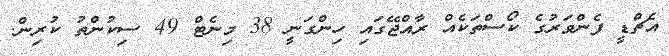
އެޗްޑީ ފެންވަރުގެ ކޯސްތަކެއް ރާއްޖޭގައި ހިންގަނީ 38 މިނެޓް 49 ސިކުންތު ކުރިން.